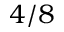
4 / 8